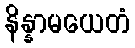
နိန္နာမယေတံ